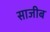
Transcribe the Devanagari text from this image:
साजीब